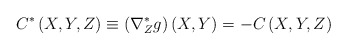
\begin{align*}C^{\ast }\left( X,Y,Z\right) \equiv \left( \nabla _{Z}^{\ast }g\right)\left( X,Y\right) =-C\left( X,Y,Z\right) \end{align*}